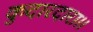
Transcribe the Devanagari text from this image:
कुदारदारा।।